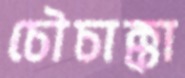
চৌচাক্কা